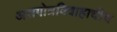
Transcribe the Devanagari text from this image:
असगोत्रविवाहाचीच